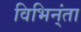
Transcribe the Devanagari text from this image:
विभिन्ंता